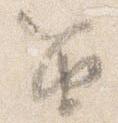
笛